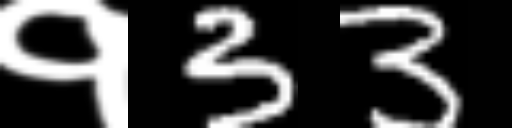
Text: १33